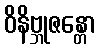
ဝိနိဗ္ဘုဇန္တော